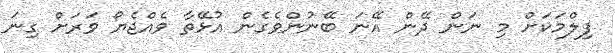
ފިލްމަކަށް މި ނަން ދޭން އޭނަ ބޭނުންވެގެން އުޅޭތާ ވެއްޖެޔޯ ވަރަށް ގިނަ